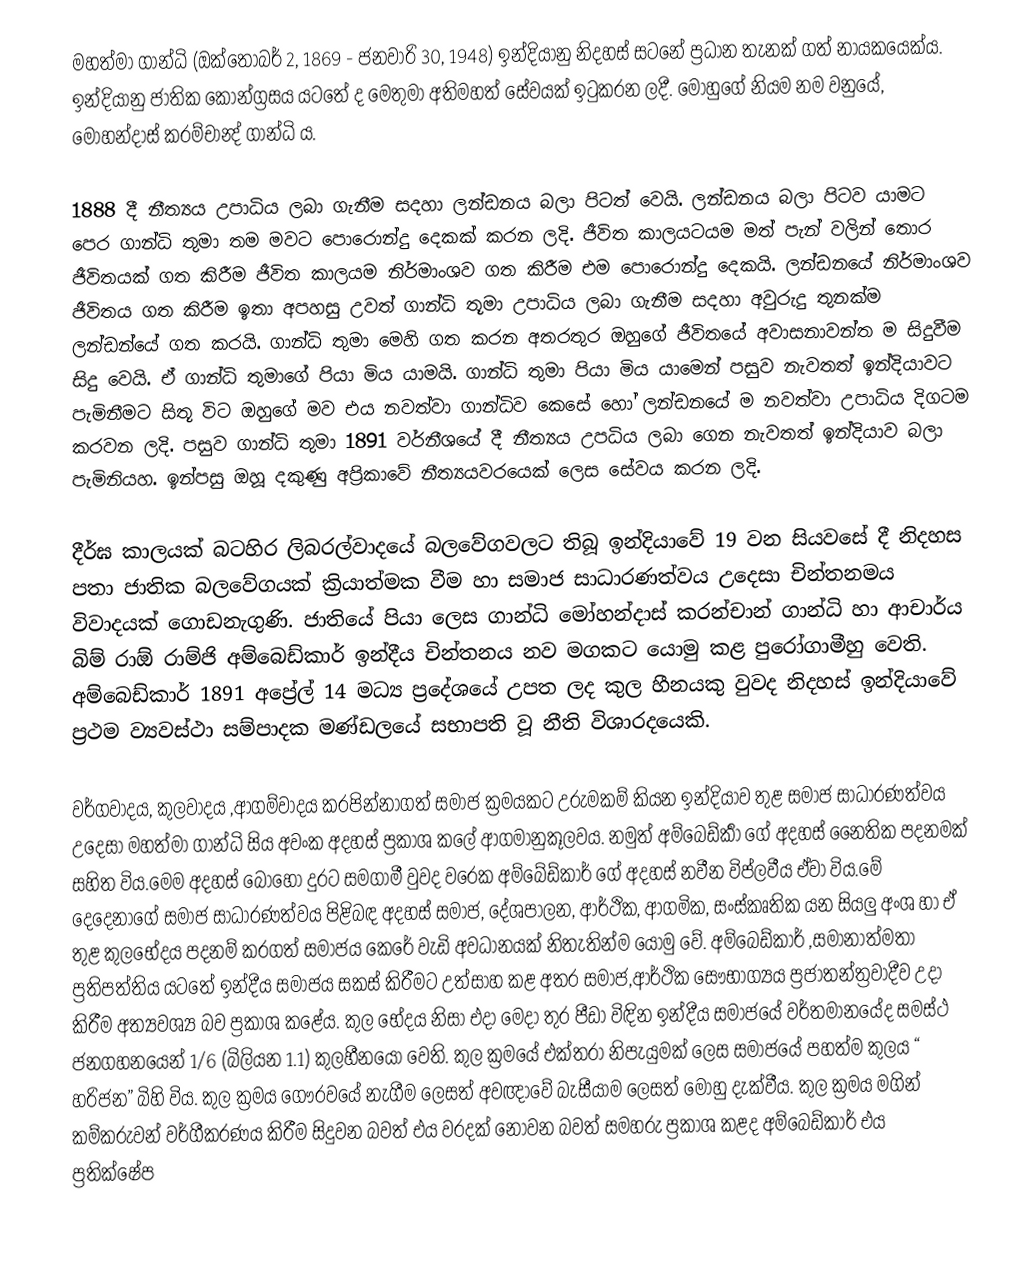
මහත්මා ගාන්ධි (ඔක්තෝබර් 2, 1869 - ජනවාරි 30, 1948) ඉන්දියානු නිදහස් සටනේ ප්‍රධාන තැනක් ගත් නායකයෙක්ය. ඉන්දියානු ජාතික කොන්ග්‍රසය යටතේ ද මෙතුමා අතිමහත් සේවයක් ඉටුකරන ලදී. මොහුගේ නියම නම වනුයේ, මෝහන්දාස් කරම්චාන්‍ද් ගාන්ධි ය.

1888 දී නීත්‍යය උපාධිය ලබා ගැනීම සදහා ලන්ඩනය බලා පිටත් වෙයි. ලන්ඩනය බලා පිටව යාමට පෙර ගාන්ධි තුමා තම මවට පොරොන්දු දෙකක් කරන ලදි. ජීවිත කාලයටයම මත් පැන් වලින් තොර ජීවිතයක් ගත කිරීම ජීවිත කාලයම නිර්මාංශව ගත කිරීම එම පොරොන්දු දෙකයි. ලන්ඩනයේ නිර්මාංශව ජීවිතය ගත කිරීම ඉතා අපහසු උවත් ගාන්ධි තූමා උපාධිය ලබා ගැනීම සදහා අවුරුදු තුනක්ම ලන්ඩන්යේ ගත කරයි. ගාන්ධි තුමා මෙහි ගත කරන අතරතුර ඔහුගේ ජීවිතයේ අවාසනාවන්ත ම සිදුවීම සිදු වෙයි. ඒ ගාන්ධි තුමාගේ පියා මිය යාමයි. ගාන්ධි තුමා පියා මිය යාමෙන් පසුව නැවතත් ඉන්දියාවට පැමිනීමට සිතූ විට ඔහුගේ මව එය නවත්වා ගාන්ධිව කෙසේ හෝ ලන්ඩනයේ ම නවත්වා උපාධිය දිගටම කරවන ලදි. පසුව ගාන්ධි තුමා 1891 වර්නීශයේ දී නීත්‍යය උපධිය ලබා ගෙන නැවතත් ඉන්දියාව බලා පැමිනියහ. ඉන්පසු ඔහූ දකුණු අප්‍රිකාවේ නීත්‍යයවරයෙක් ලෙස සේවය කරන ලදි.

දීර්ඝ කාලයක් බටහිර ලිබරල්වාදයේ බලවේගවලට  තිබූ ඉන්දියාවේ 19 වන සියවසේ දී නිදහස පතා ජාතික බලවේගයක් ක්‍රියාත්මක වීම හා සමාජ සාධාරණත්වය උදෙසා චින්තනමය විවාදයක් ගොඩනැගුණි. ජාතියේ පියා ලෙස ගාන්ධි මෝහන්දාස් කරන්චාන් ගාන්ධි හා ආචාර්ය බිම් රාඕ රාම්ජි අම්බෙඩ්කාර් ඉන්දීය චින්තනය නව මගකට යොමු කළ පුරෝගාමීහු වෙති. අම්බෙඩ්කාර් 1891 අප්‍රේල් 14 මධ්‍ය ප්‍රදේශයේ උපත ලද කුල හීනයකු වුවද නිදහස් ඉන්දියාවේ ප්‍රථම ව්‍යවස්ථා සම්පාදක මණ්ඩලයේ සභාපති වූ නීති විශාරදයෙකි.

වර්ගවාදය, කුලවාදය ,ආගම්වාදය කරපින්නාගත් සමාජ ක්‍රමයකට උරුමකම් කියන ඉන්දියාව තුළ සමාජ සාධාරණත්වය උදෙසා මහත්මා ගාන්ධි සිය අවංක අදහස් ප්‍රකාශ කලේ ආගමානුකූලවය. නමුත් අම්බෙඩ්කාර්‍ ගේ අදහස් නෛතික පදනමක් සහිත විය.මෙම අදහස් බොහෝ දුරට සමගාමී වුවද ව‍රෙක අම්බේඩ්කාර් ගේ අදහස් නවීන විප්ලවීය ඒවා විය.මේ දෙදෙනාගේ සමාජ සාධාරණත්වය පිළිබඳ අදහස් සමාජ, දේශපාලන, ආර්ථික, ආගමික, සංස්කෘතික යන සියලු අංශ ‍හා ඒ තුළ කුලභේදය පදනම් කරගත් සමාජය කෙරේ වැඩි අවධානයක් නිතැතින්ම යොමු ‍වේ. අම්බෙඩ්කාර් ,සමානාත්මතා ප්‍රතිපත්තිය යටතේ ඉන්දීය සමාජය සකස් කිරීමට උත්සාහ කළ අතර සමාජ,ආර්ථික සෞභාග්‍යය ප්‍රජාතන්ත්‍රවාදීව උදා කිරීම අත්‍යවශ්‍ය බව ප්‍රකාශ කළේය. කුල භේදය නිසා එදා මෙදා තුර පීඩා විඳින ඉන්දීය සමාජයේ වර්තමානයේද සමස්ථ ජනගහනයෙන් 1/6 (බිලියන 1.1) කුලහීනයෝ වෙති. කුල ක්‍රමයේ එක්තරා නිපැයුමක් ලෙස සමාජයේ පහත්ම කුලය “ හරිජන” බිහි විය. කුල ක්‍රමය ගෞරවයේ නැගීම ලෙසත් අවඥාවේ බැසීයාම ලෙසත් මොහු දැක්වීය. කුල ක්‍රමය මගින් කම්කරුවන් වර්ගීකරණය කිරීම සිදුවන බවත් එය වරදක් නොවන බවත් සමහරු ප්‍රකාශ කළද අම්බෙඩ්කාර් එය ප්‍රතික්ෂේප